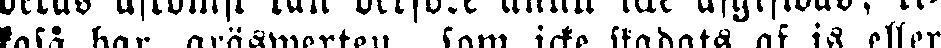
laså har gräswerten, som icke städats af is eller